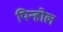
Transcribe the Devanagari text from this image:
पिन्होल